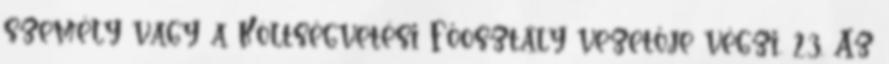
személy vagy a Költségvetési Főosztály vezetője végzi. 23. Az